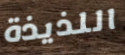
اللذيذة